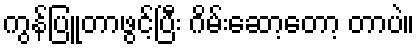
ကွန်ပြူတာဖွင့်ပြီး ဂိမ်းဆော့တော့ တာပဲ။